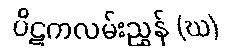
ပိဋကလမ်းညွှန် (ဃ)